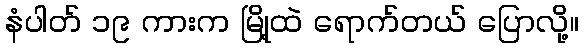
နံပါတ် ၁၉ ကားက မြို့ထဲ ရောက်တယ် ပြောလို့။